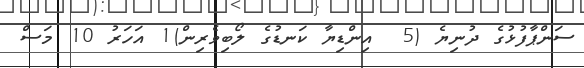
ސަންޕާފުޅުގެ ދުނިޔެ (5  އިންޑިޔާ ކަނޑުގެ ލޯބިވެރިން)1 އަހަރު 10 މަސް